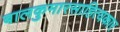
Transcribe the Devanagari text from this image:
बालकुमारसाहित्यकार